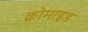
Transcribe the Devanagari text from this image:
क्रोमाइड